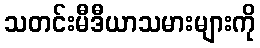
သတင်းမီဒီယာသမားများကို